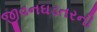
જીવનઘડતરની